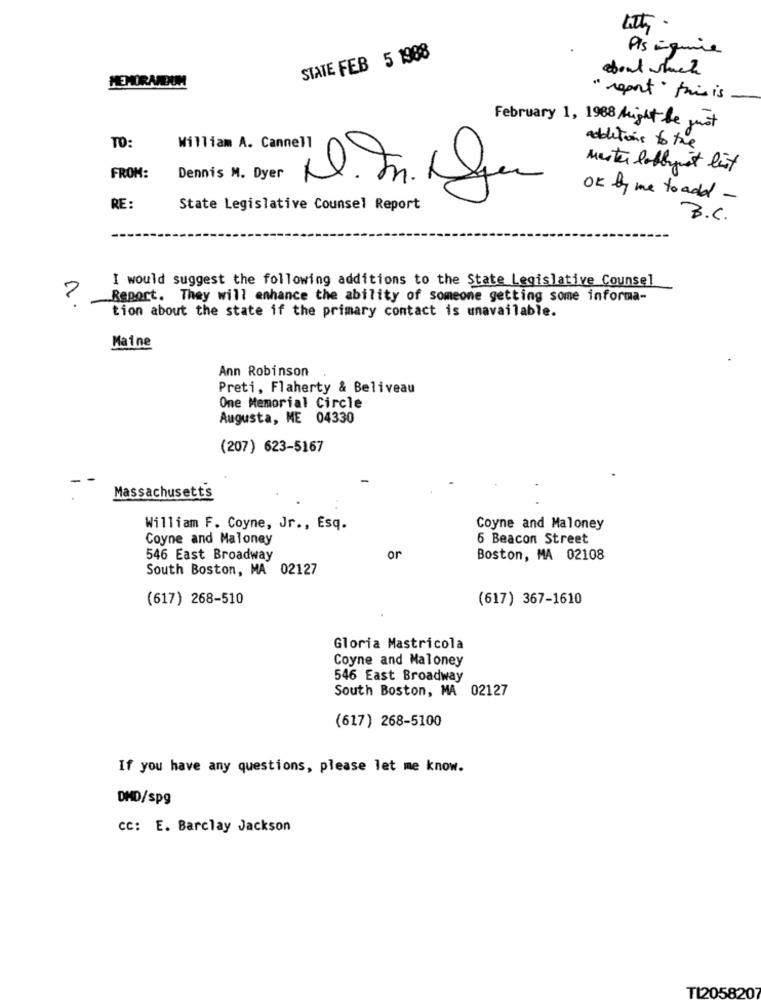
Pls inguine
STATE FEB 5 1988
about which
MEMORANDUM
" report this is.
February 1, 1988 Might be just
TO:
William A. Cannell
additions to the
Mester lobbyist list
FROM:
Dennis M. Dyer
il.Fr. De
OK by me to add -
RE:
State Legislative Counsel Report
B.C.
I would suggest the following additions to the State Legislative Counsel
Report. They will enhance the ability of someone getting some informa-
tion about the state if the primary contact is unavailable.
Maine
Ann Robinson
Preti, Flaherty & Beliveau
One Memorial Circle
Augusta, ME 04330
(207) 623-5167
Massachusetts
William F. Coyne, Jr ., Esq.
Coyne and Maloney
Coyne and Maloney
6 Beacon Street
546 East Broadway
or
Boston, MA 02108
South Boston, MA 02127
(617) 268-510
(617) 367-1610
Gloria Mastricola
Coyne and Maloney
546 East Broadway
South Boston, MA 02127
(617) 268-5100
If you have any questions, please let me know.
DMD/spg
CC: E. Barclay Jackson
T12058207